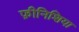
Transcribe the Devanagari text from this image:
फ़ीनिशिया